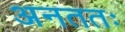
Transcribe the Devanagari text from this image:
अनततः